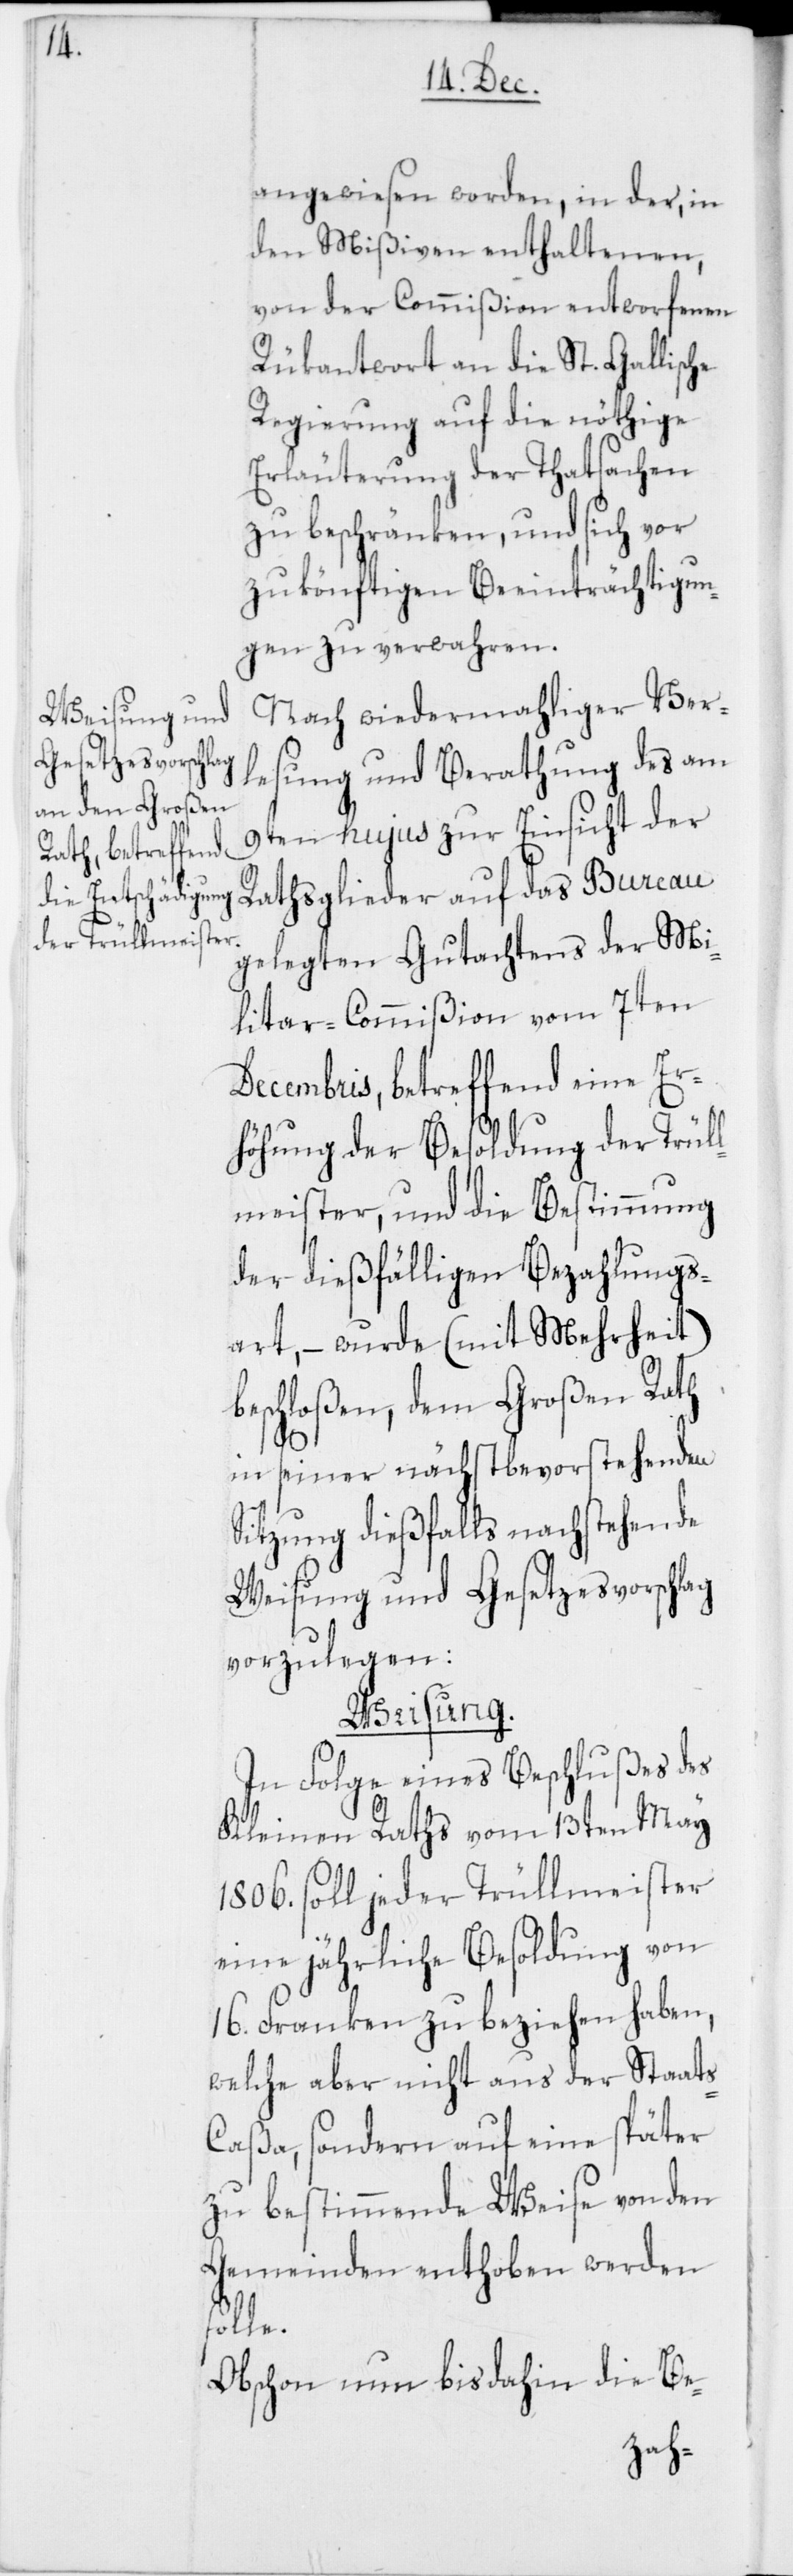
angewiesen worden, in der, in
den Mißiven enthaltenen,
von der Commißion entworfenen
Rükantwort an die St. Gallische
Regierung auf die nöthige
Erläuterung der Thatsachen
zu beschränken, und sich vor
zukönftigen Beeinträchtigun¬
gen zu verwahren.
Nach wiedermahliger Ver¬
lesung und Berathung des am
9ten hujus zur Einsicht der
Rathsglieder auf das Bureau
gelegten Gutachtens der Mi¬
litar-Commißion vom 7ten
Decembris, betreffend eine Er¬
höhung der Besoldung der Trül¬
lmeister, und die Bestimmung
der dießfälligen Bezahlungs¬
art, – wurde (mit Mehrheit)
eschloßen, dem Großen Rath
in seiner nächstbevorstehenden
Sitzung dießfalls nachstehende
Weisung und Gesetzesvorschlag
vorzulegen:
Weisung.
In Folge eines Beschlußes des
Kleinen Raths vom 13ten May
1806. soll jeder Trüllmeister
eine jährliche Besoldung von
16. Franken zu beziehen haben,
welche aber nicht aus der Staat¬
s-Caßa, sondern auf eine später
zu bestimmende Weise von den
Gemeinden enthoben werden
solle.
Obschon nun bis dahin die Be-
b¬